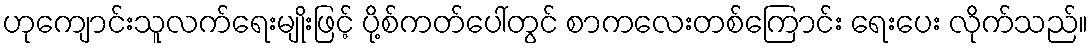
ဟုကျောင်းသူလက်ရေးမျိုးဖြင့် ပို့စ်ကတ်ပေါ်တွင် စာကလေးတစ်ကြောင်း ရေးပေး လိုက်သည်။